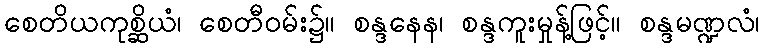
စေတိယကုစ္ဆိယံ၊ စေတီဝမ်း၌။ စန္ဒနေန၊ စန္ဒကူးမှုန့်ဖြင့်။ စန္ဒမဏ္ဍလံ၊